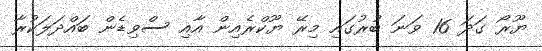
ޔޫރޯ ގަދަ 16 ވަނަ ބުރުގައި މިރޭ ޔޫކްރެއިން އާއި ސްވިޑެން ބައްދަލަކުރާ